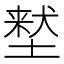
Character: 𫮜